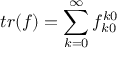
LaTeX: t r ( f ) = \sum _ { k = 0 } ^ { \infty } f _ { k 0 } ^ { k 0 }